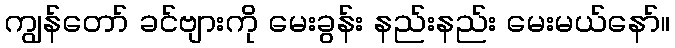
ကျွန်တော် ခင်ဗျားကို မေးခွန်း နည်းနည်း မေးမယ်နော်။